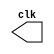
// --------------------------- 
// -- test clock generator (2) 
// --------------------------- 
//--Nome:Fernando dos Santos Silva
//--Matricula:414506

module clock ( clk ); 
output clk; 
reg clk; 
initial 
begin 
clk = 1'b0; 
end 
always 
begin 
#12 clk = ~clk; 
end 
endmodule 

module pulse ( signal, clock ); 
input clock; 
output signal; 
reg signal; 
always @ ( clock ) 
begin 
signal = 1'b1; 
#3 signal = 1'b0; 
#3 signal = 1'b1; 
#3 signal = 1'b0; 
#3 signal = 1'b1;
end 
endmodule // pulse 

module trigger ( signal, on, clock ); 
input on, clock; 
output signal; 
reg signal; 
always @ ( posedge clock & on ) 
begin 
#60 signal = 1'b1; 
#60 signal = 1'b0; 
#60 signal = 1'b1;
end 
endmodule // trigger 

module Exemplo0042; 
wire clock; 
clock clk ( clock ); 
reg p; 
wire p1,t1; 
pulse pulse1 ( p1, clock ); 
trigger trigger1 ( t1, p, clock ); 
initial begin 
p = 1'b0; 
end 
initial begin 
$dumpfile ( "Exemplo0042.vcd" ); 
$dumpvars ( 1, clock, p1, p, t1 ); 
#060 p = 1'b1; 
#120 p = 1'b0; 
#180 p = 1'b1; 
#240 p = 1'b0; 
#300 p = 1'b1; 
#360 p = 1'b0; 
#376 $finish; 
end 
endmodule // Exemplo0042